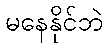
မနေနိုင်ဘဲ